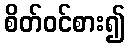
စိတ်ဝင်စား၍